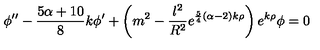
\phi ^ { \prime \prime } - { \frac { 5 \alpha + 1 0 } { 8 } } k \phi ^ { \prime } + \left( m ^ { 2 } - { \frac { l ^ { 2 } } { R ^ { 2 } } } e ^ { { \frac { 5 } { 4 } } ( \alpha - 2 ) k \rho } \right) e ^ { k \rho } \phi = 0